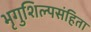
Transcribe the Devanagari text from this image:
भृगुशिल्पसंहिता